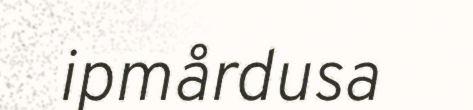
ipmårdusa